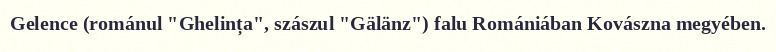
Gelence (románul "Ghelința", szászul "Gälänz") falu Romániában Kovászna megyében.